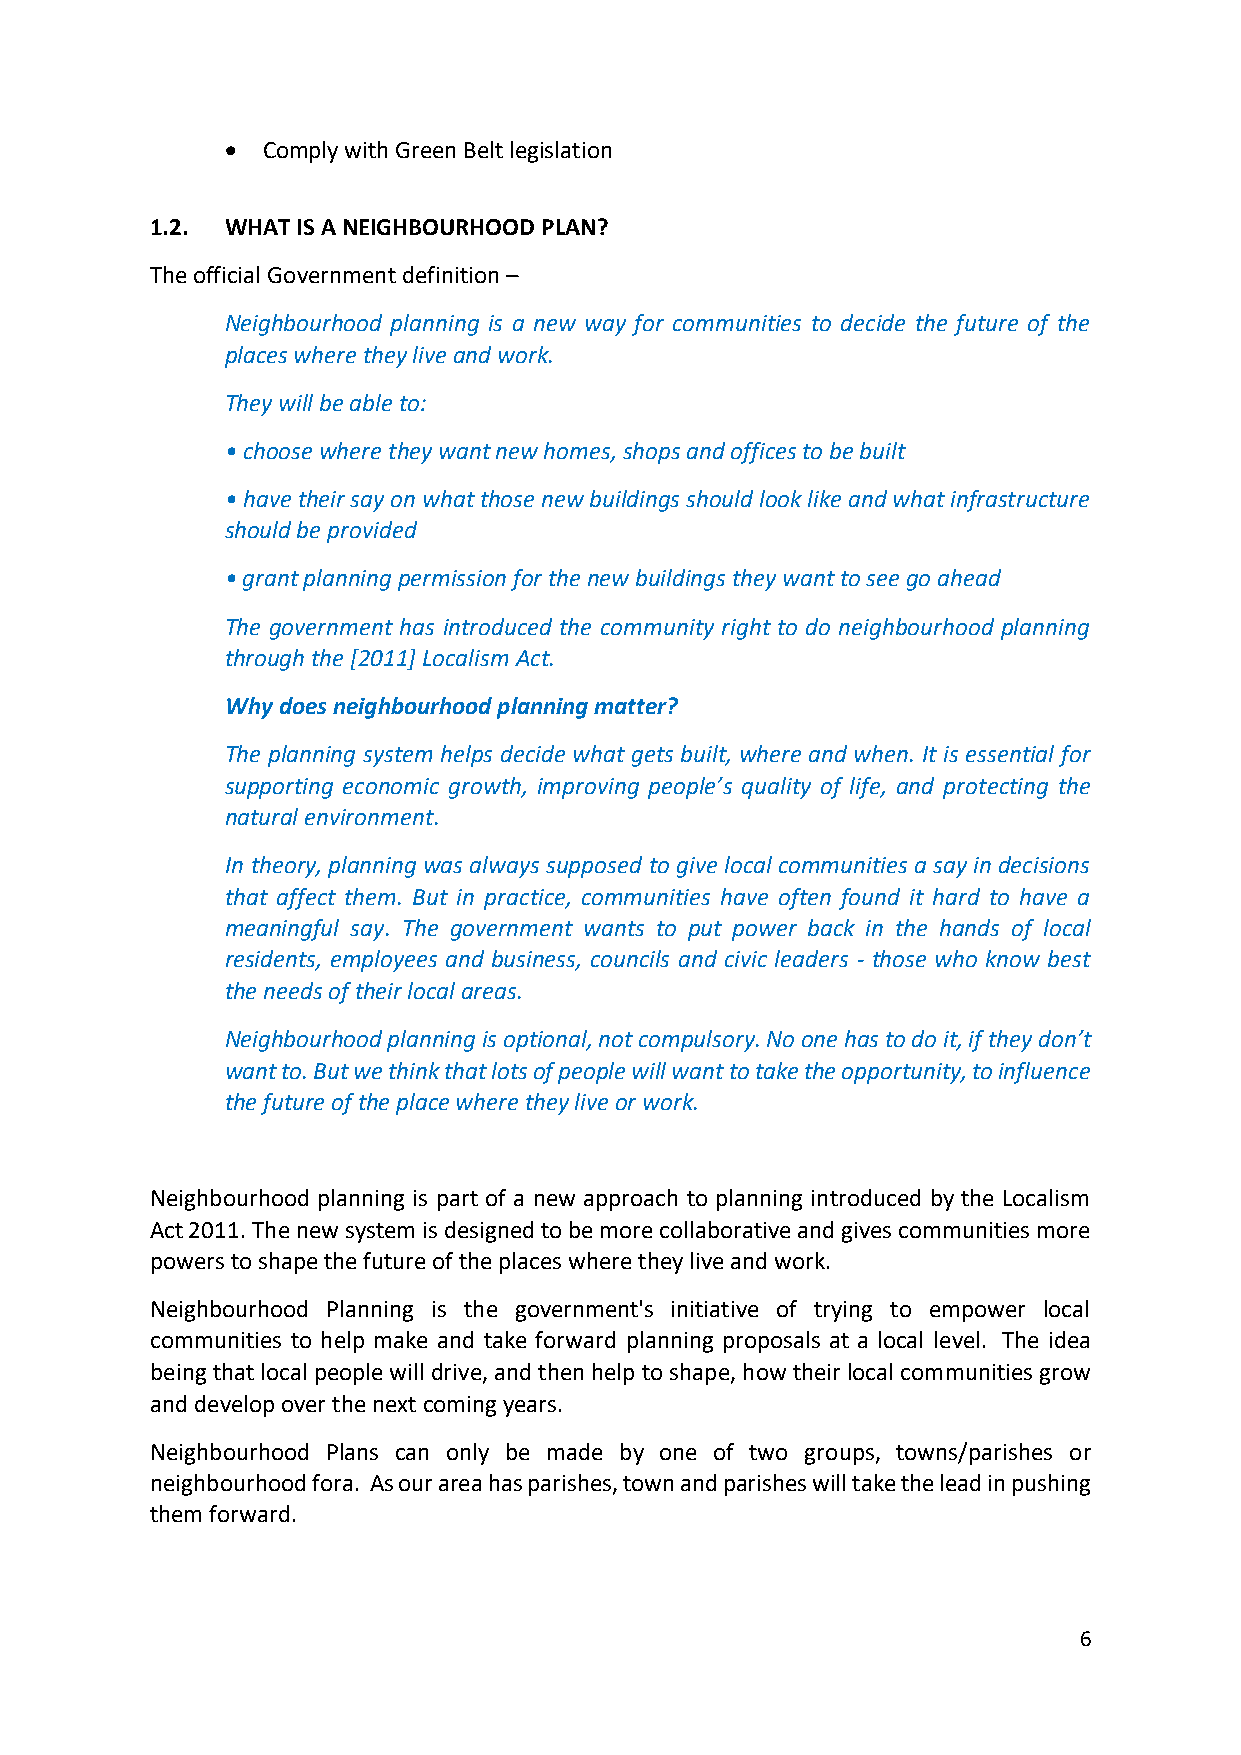
• Comply with Green Belt legislation
 1.2. WHAT IS A NEIGHBOURHOOD PLAN?
 The official Government definition –
 Neighbourhood planning is a new way for communities to decide the future of the
 places where they live and work.
 They will be able to:
 • choose where they want new homes, shops and offices to be built
 • have their say on what those new buildings should look like and what infrastructure
 should be provided
 • grant planning permission for the new buildings they want to see go ahead
 The government has introduced the community right to do neighbourhood planning
 through the [2011] Localism Act.
 Why does neighbourhood planning matter?
 The planning system helps decide what gets built, where and when. It is essential for
 supporting economic growth, improving people’s quality of life, and protecting the
 natural environment.
 In theory, planning was always supposed to give local communities a say in decisions
 that affect them. But in practice, communities have often found it hard to have a
 meaningful say. The government wants to put power back in the hands of local
 residents, employees and business, councils and civic leaders - those who know best
 the needs of their local areas.
 Neighbourhood planning is optional, not compulsory. No one has to do it, if they don’t
 want to. But we think that lots of people will want to take the opportunity, to influence
 the future of the place where they live or work.
 Neighbourhood planning is part of a new approach to planning introduced by the Localism
 Act 2011. The new system is designed to be more collaborative and gives communities more
 powers to shape the future of the places where they live and work.
 Neighbourhood Planning is the government's initiative of trying to empower local
 communities to help make and take forward planning proposals at a local level. The idea
 being that local people will drive, and then help to shape, how their local communities grow
 and develop over the next coming years.
 Neighbourhood Plans can only be made by one of two groups, towns/parishes or
 neighbourhood fora. As our area has parishes, town and parishes will take the lead in pushing
 them forward.
 6